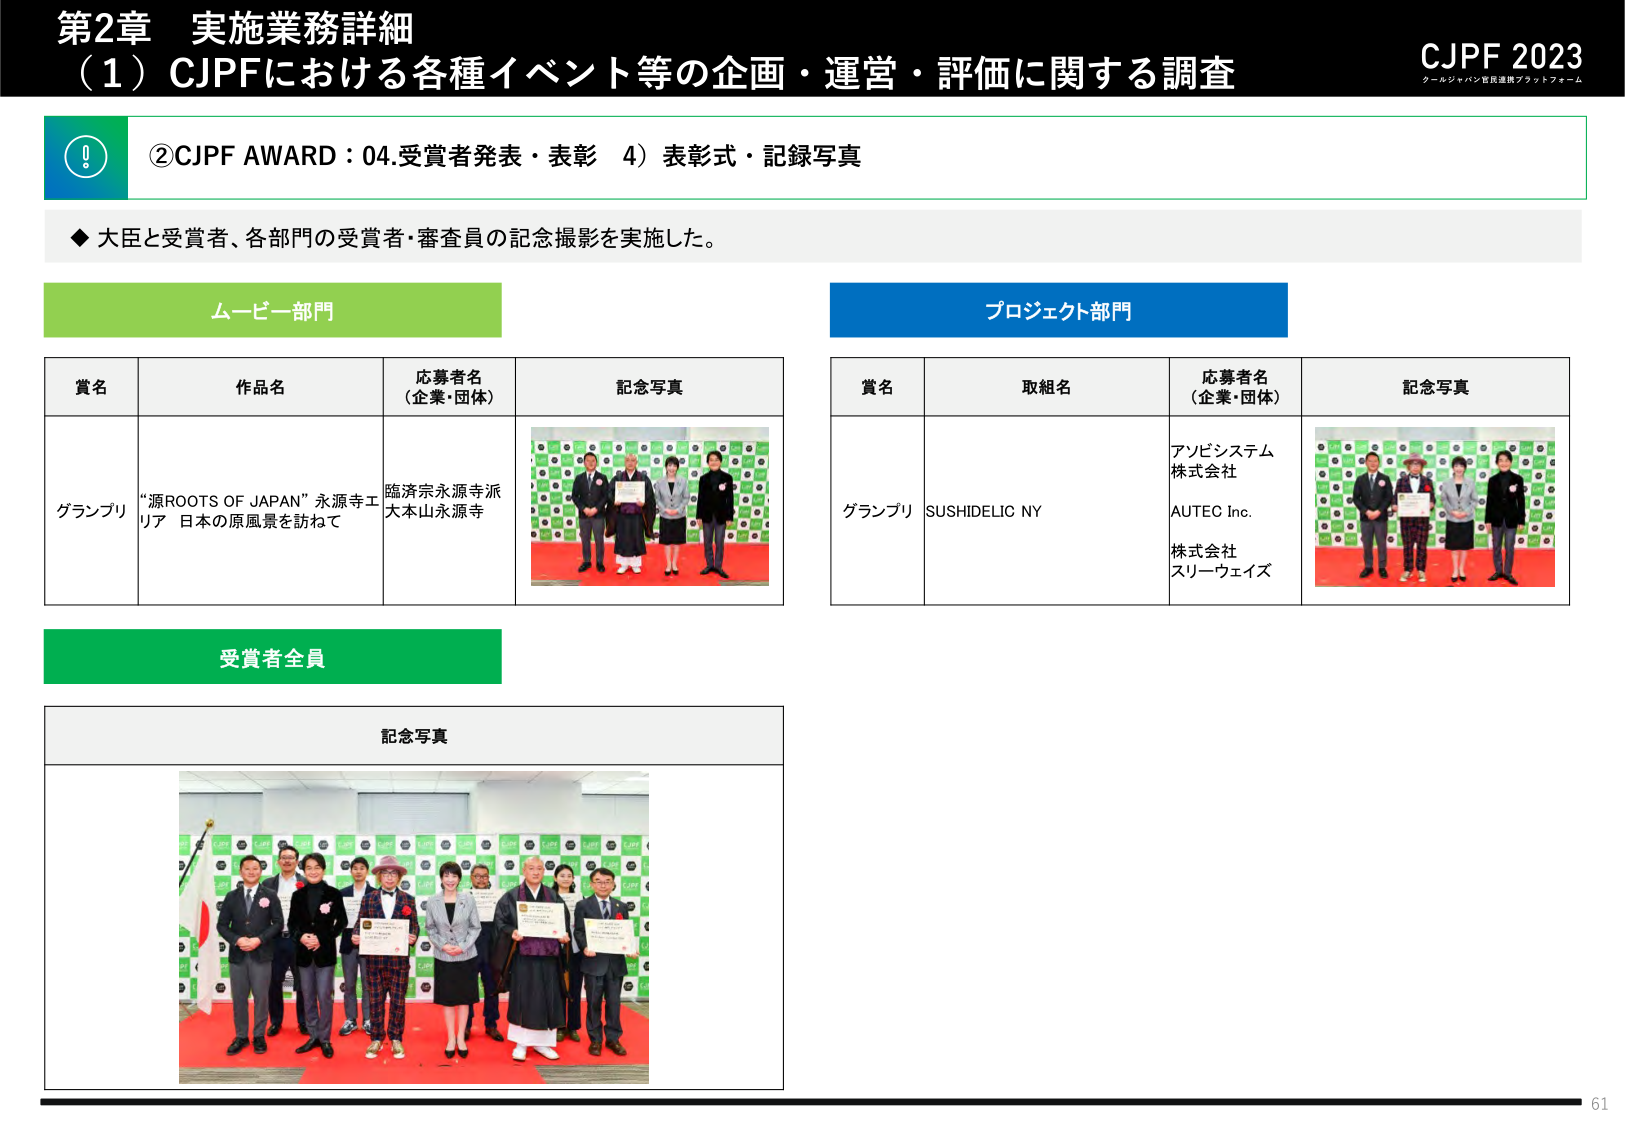
第2章 実施業務詳細
（1）CJPFにおける各種イベント等の企画・運営・評価に関する調査

CJPF 2023
クールジャパン官民連携プラットフォーム

②CJPF AWARD：04.受賞者発表・表彰 4）表彰式・記録写真

◆ 大臣と受賞者、各部門の受賞者・審査員の記念撮影を実施した。

ムービー部門
賞名 作品名 応募者名（企業・団体） 記念写真
グランプリ “源ROOTS OF JAPAN” 永源寺エリア 日本の原風景を訪ねて 臨済宗永源寺派 大本山永源寺

プロジェクト部門
賞名 取組名 応募者名（企業・団体） 記念写真
グランプリ SUSHIDELIC NY アソビシステム株式会社 AUTEc Inc. 株式会社スリーウェイズ

受賞者全員
記念写真

61